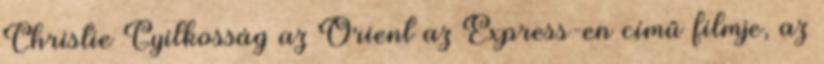
Christie Gyilkosság az Orient az Express-en című filmje, az